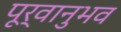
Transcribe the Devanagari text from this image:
पूर्वानुभव